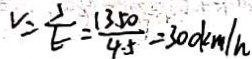
V = \frac { S } { t } = \frac { 1 3 5 0 } { 4 . 5 } = 3 0 0 k m / h